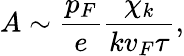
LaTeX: A\sim\frac{p_{F}}{e}\frac{\chi_{k}}{kv_{F}\tau},